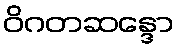
ဝိဂတဆန္ဒော